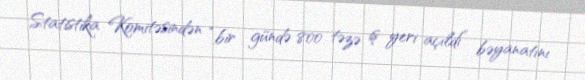
Statistika Komitəsindən “bir gündə 800 təzə iş yeri açıldı” bəyanatını